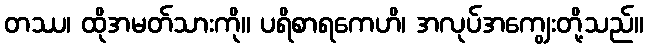
တဿ၊ ထိုအမတ်သားကို။ ပရိစာရကေဟိ၊ အလုပ်အကျွေးတို့သည်။